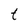
Character: t